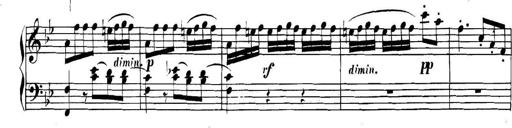
Title: Collected Piano Sonatas
Composer: Muzio Clementi